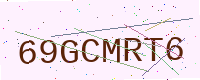
Text: 69GCMRT6